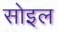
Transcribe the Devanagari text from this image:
सोइल